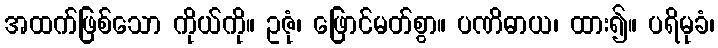
အထက်ဖြစ်သော ကိုယ်ကို။ ဥဇုံ၊ ဖြောင်မတ်စွာ။ ပဏိဓာယ၊ ထား၍။ ပရိမုခံ၊